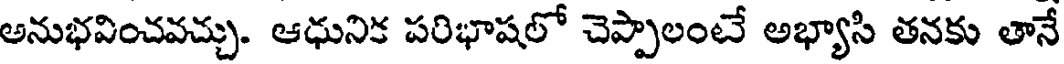
అనుభవించవచ్చు. ఆధునిక పరిభాషలో చెప్పాలంటే అభ్యాసి తనకు తానే